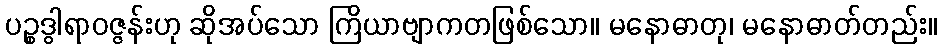
ပဉ္စဒွါရာဝဇ္ဇန်းဟု ဆိုအပ်သော ကြိယာဗျာကတဖြစ်သော။ မနောဓာတု၊ မနောဓာတ်တည်း။